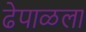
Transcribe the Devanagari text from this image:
ढेपाळला